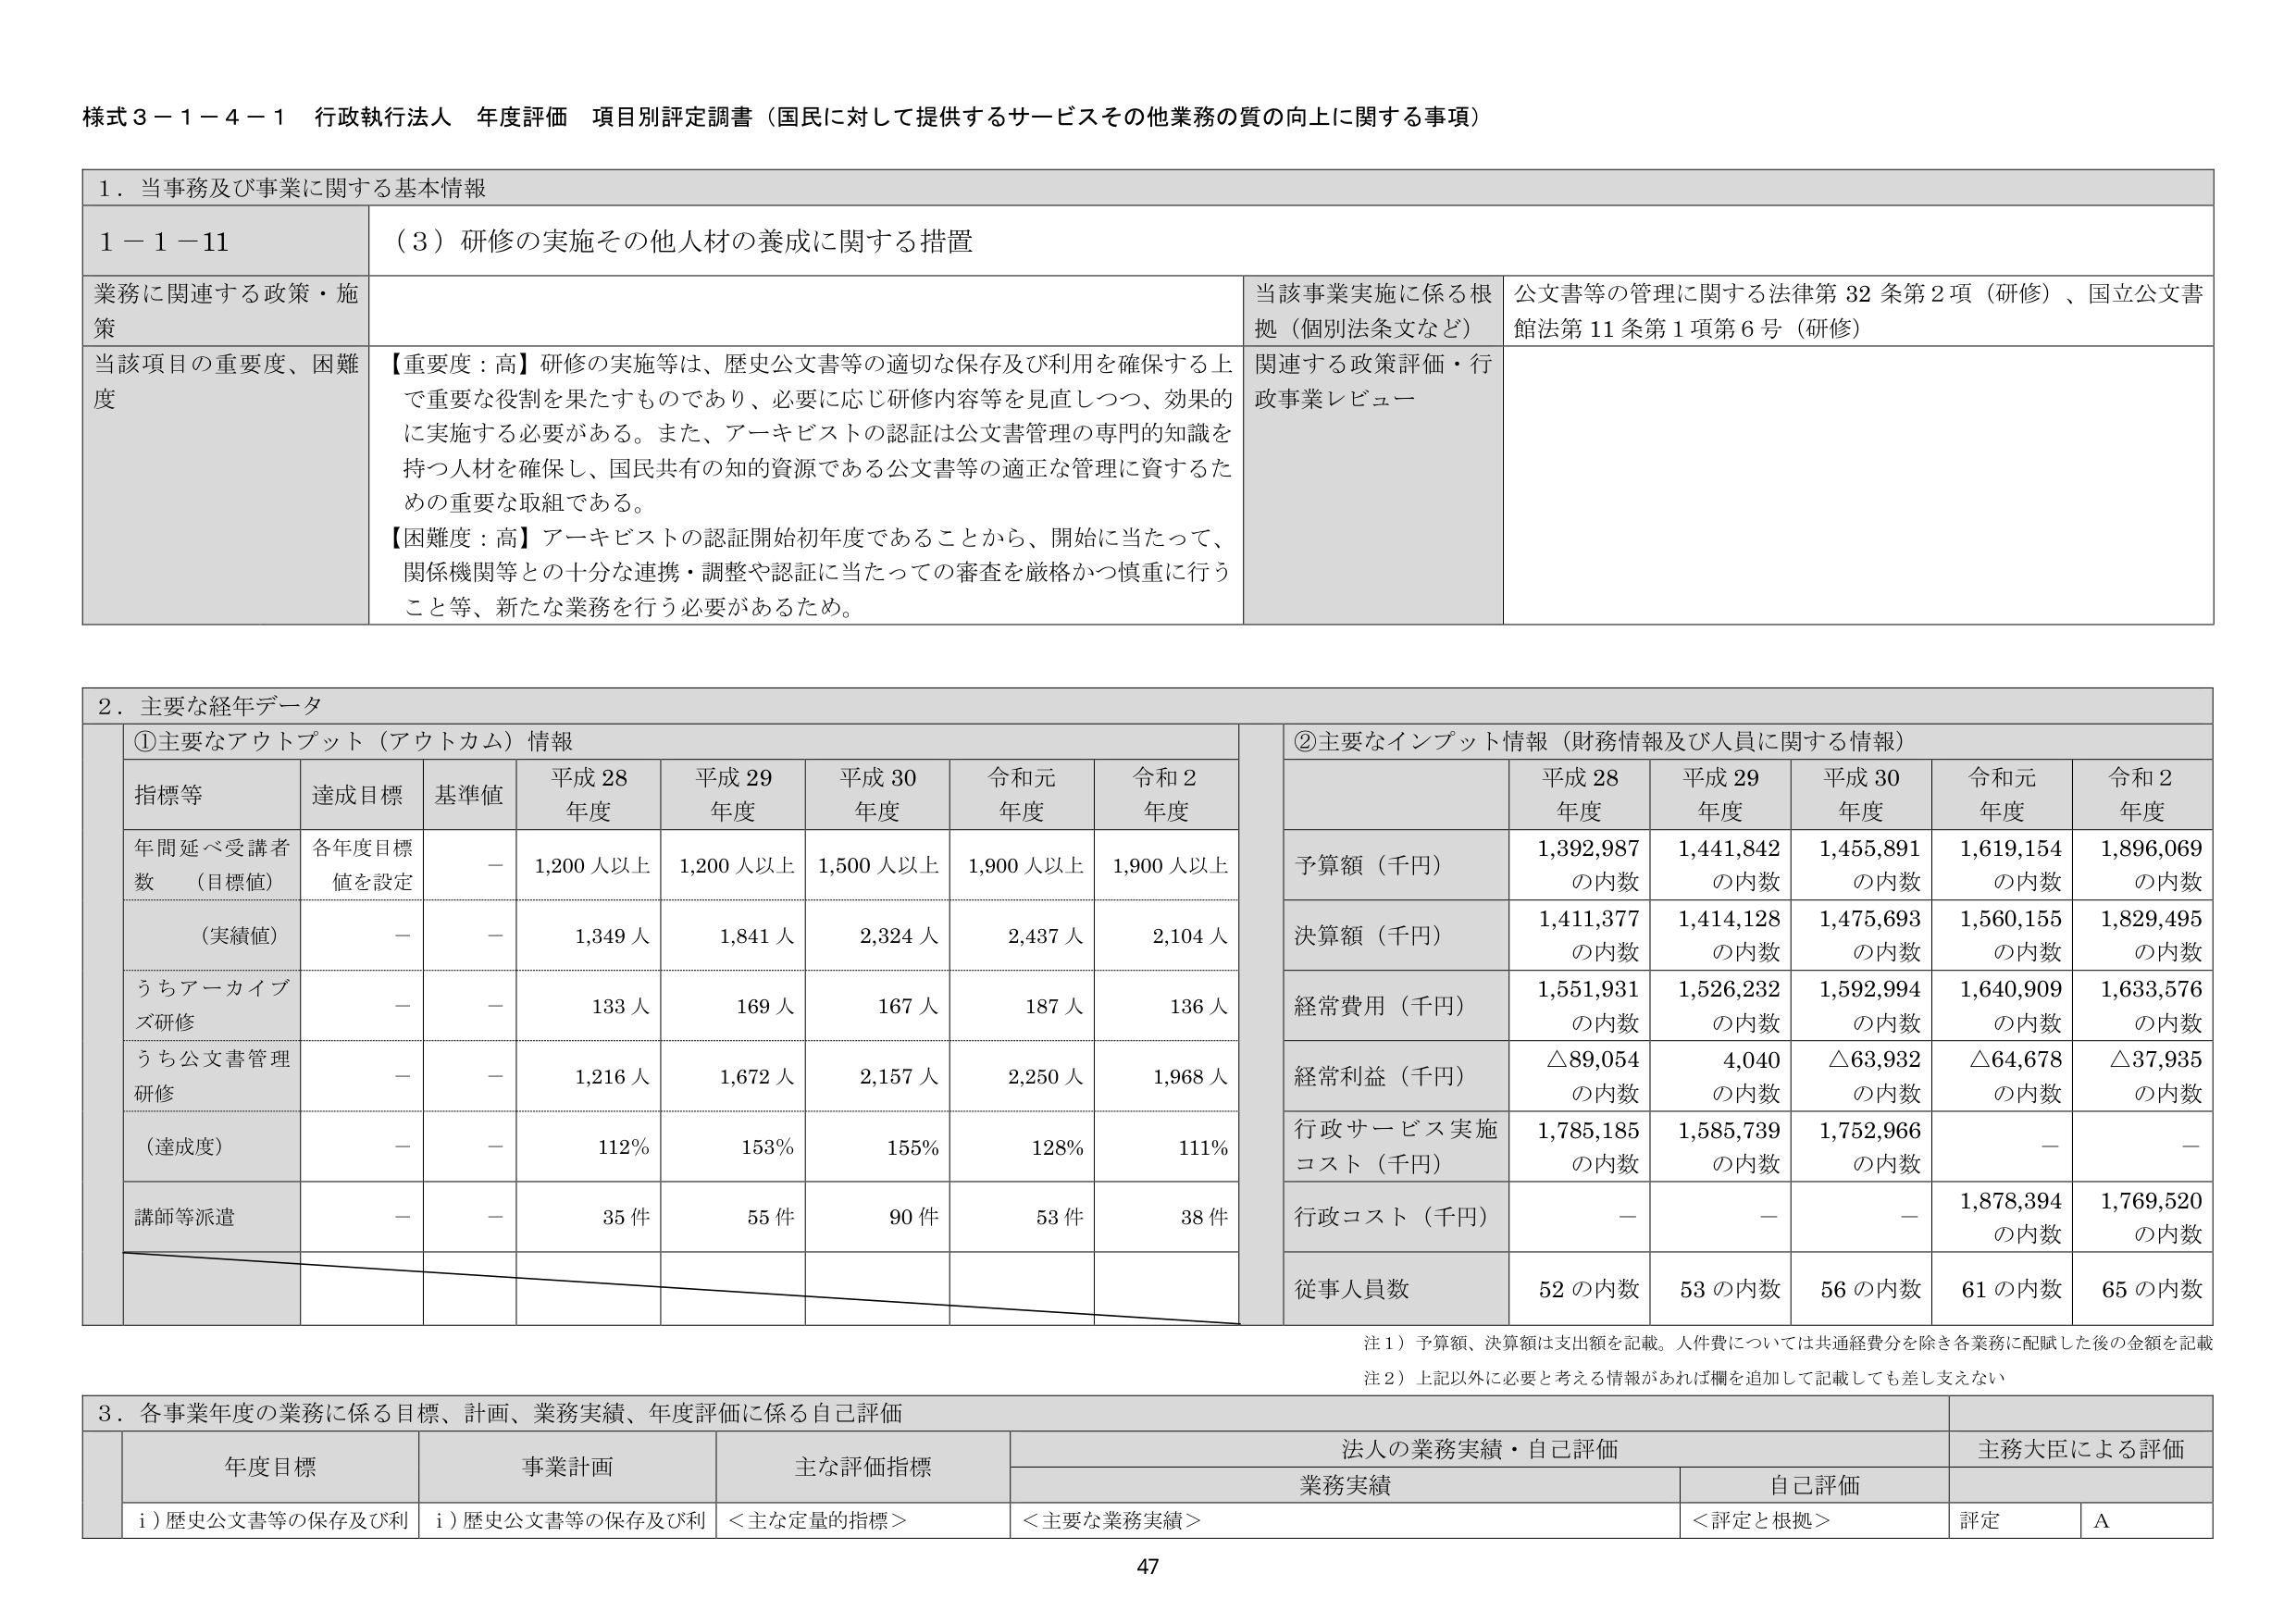
様式３－１－４－１ 行政執行法人 年度評価 項目別評定調書（国民に対して提供するサービスその他業務の質の向上に関する事項）

１．当事務及び事業に関する基本情報

１－１－11 （３）研修の実施その他人材の養成に関する措置

業務に関連する政策・施策
当該事業実施に係る根拠（個別法条文など）
公文書等の管理に関する法律第32条第2項（研修）、国立公文書館法第11条第1項第6号（研修）

当該項目の重要度、困難度
【重要度：高】研修の実施等は、歴史公文書等の適切な保存及び利用を確保する上で重要な役割を果たすものであり、必要に応じ研修内容等を見直しつつ、効果的に実施する必要がある。また、アーキビストの認証は公文書管理の専門的知識を持つ人材を確保し、国民共有の知的資源である公文書等の適正な管理に資するための重要な取組である。
【困難度：高】アーキビストの認証開始初年度であることから、開始に当たって、関係機関等との十分な連携・調整や認証に当たっての審査を厳格かつ慎重に行うこと等、新たな業務を行う必要があるため。
関連する政策評価・行政事業レビュー

２．主要な経年データ

①主要なアウトプット（アウトカム）情報
指標等 達成目標 基準値 平成28年度 平成29年度 平成30年度 令和元年度 令和2年度
年間延べ受講者数（目標値） 各年度目標値を設定 － 1,200人以上 1,200人以上 1,500人以上 1,900人以上 1,900人以上
（実績値） － － 1,349人 1,841人 2,324人 2,437人 2,104人
うちアーカイブズ研修 － － 133人 169人 167人 187人 136人
うち公文書管理研修 － － 1,216人 1,672人 2,157人 2,250人 1,968人
（達成度） － － 112％ 153％ 155％ 128％ 111％
講師等派遣 － － 35件 55件 90件 53件 38件

②主要なインプット情報（財務情報及び人員に関する情報）
平成28年度 平成29年度 平成30年度 令和元年度 令和2年度
予算額（千円） 1,392,987の内数 1,441,842の内数 1,455,891の内数 1,619,154の内数 1,896,069の内数
決算額（千円） 1,411,377の内数 1,414,128の内数 1,475,693の内数 1,560,155の内数 1,829,495の内数
経常費用（千円） 1,551,931の内数 1,526,232の内数 1,592,994の内数 1,640,909の内数 1,633,576の内数
経常利益（千円） △89,054の内数 4,040の内数 △63,932の内数 △64,678の内数 △37,935の内数
行政サービス実施コスト（千円） 1,785,185の内数 1,585,739の内数 1,752,966の内数 － －
行政コスト（千円） － － － 1,878,394の内数 1,769,520の内数
従事人員数 52の内数 53の内数 56の内数 61の内数 65の内数

注１）予算額、決算額は支出額を記載。人件費については共通経費分を除き各業務に配賦した後の金額を記載
注２）上記以外に必要と考える情報があれば欄を追加して記載しても差し支えない

３．各事業年度の業務に係る目標、計画、業務実績、年度評価に係る自己評価
年度目標 事業計画 主な評価指標 法人の業務実績・自己評価 主務大臣による評価
業務実績 自己評価
ｉ）歴史公文書等の保存及び利 ｉ）歴史公文書等の保存及び利 ＜主な定量的指標＞ ＜主要な業務実績＞ ＜評定と根拠＞ 評定 Ａ

47